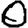
Digit: 0